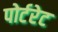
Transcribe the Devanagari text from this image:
पोर्टरेट